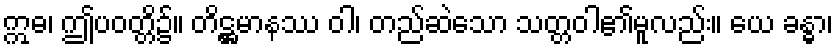
ဣဓ၊ ဤပဝတ္တိ၌။ တိဋ္ဌမာနဿ ဝါ၊ တည်ဆဲသော သတ္တဝါ၏မူလည်း။ ယေ ခန္ဓာ၊